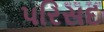
પરિસદ